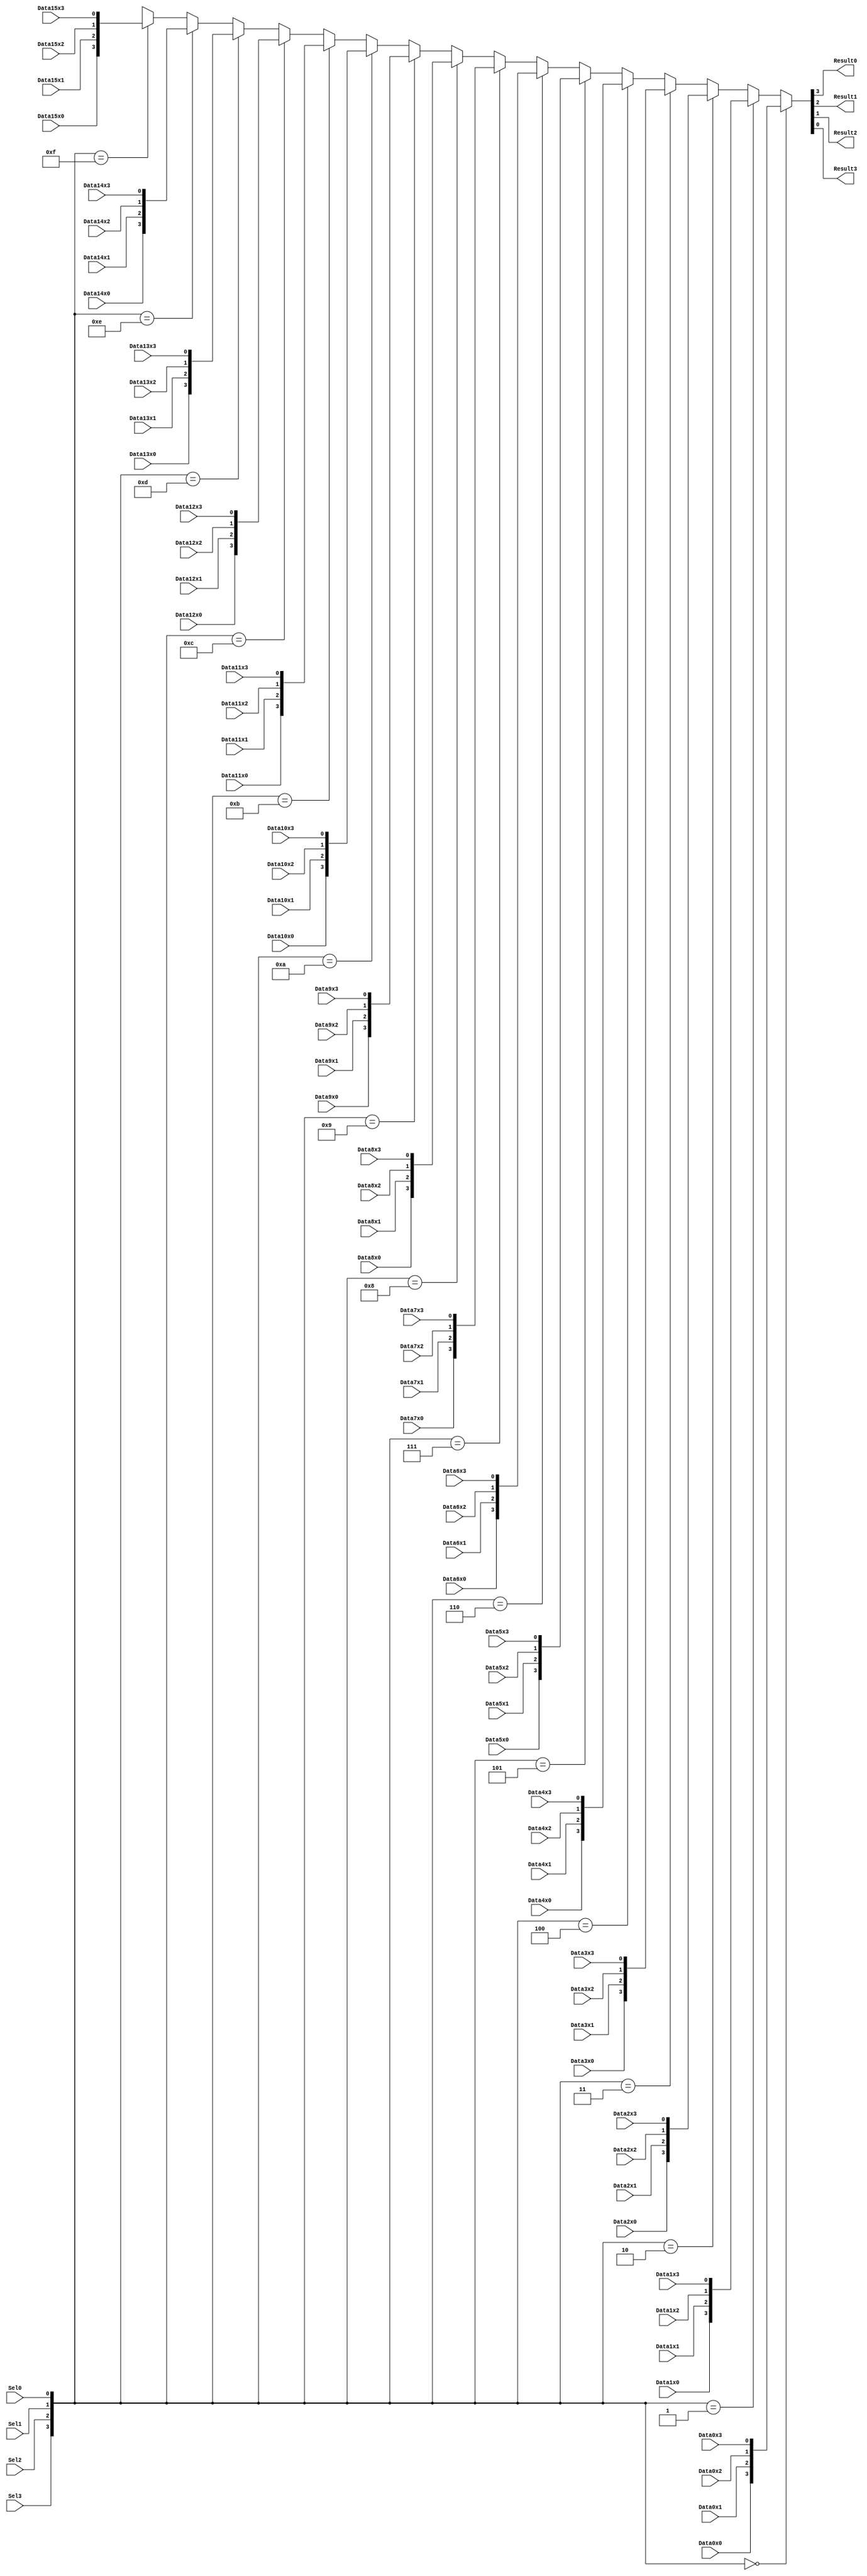
module mux4_4_16(
	Sel0, Sel1, Sel2, Sel3,
	Result0, Result1, Result2, Result3,
	Data0x0, Data0x1, Data0x2, Data0x3,
	Data1x0, Data1x1, Data1x2, Data1x3,
	Data2x0, Data2x1, Data2x2, Data2x3,
	Data3x0, Data3x1, Data3x2, Data3x3,
	Data4x0, Data4x1, Data4x2, Data4x3,
	Data5x0, Data5x1, Data5x2, Data5x3,
	Data6x0, Data6x1, Data6x2, Data6x3,
	Data7x0, Data7x1, Data7x2, Data7x3,
	Data8x0, Data8x1, Data8x2, Data8x3,
	Data9x0, Data9x1, Data9x2, Data9x3,
	Data10x0, Data10x1, Data10x2, Data10x3,
	Data11x0, Data11x1, Data11x2, Data11x3,
	Data12x0, Data12x1, Data12x2, Data12x3,
	Data13x0, Data13x1, Data13x2, Data13x3,
	Data14x0, Data14x1, Data14x2, Data14x3,
	Data15x0, Data15x1, Data15x2, Data15x3
);
input Sel0, Sel1, Sel2, Sel3;
output Result0, Result1, Result2, Result3;
input Data0x0, Data0x1, Data0x2, Data0x3;
input Data1x0, Data1x1, Data1x2, Data1x3;
input Data2x0, Data2x1, Data2x2, Data2x3;
input Data3x0, Data3x1, Data3x2, Data3x3;
input Data4x0, Data4x1, Data4x2, Data4x3;
input Data5x0, Data5x1, Data5x2, Data5x3;
input Data6x0, Data6x1, Data6x2, Data6x3;
input Data7x0, Data7x1, Data7x2, Data7x3;
input Data8x0, Data8x1, Data8x2, Data8x3;
input Data9x0, Data9x1, Data9x2, Data9x3;
input Data10x0, Data10x1, Data10x2, Data10x3;
input Data11x0, Data11x1, Data11x2, Data11x3;
input Data12x0, Data12x1, Data12x2, Data12x3;
input Data13x0, Data13x1, Data13x2, Data13x3;
input Data14x0, Data14x1, Data14x2, Data14x3;
input Data15x0, Data15x1, Data15x2, Data15x3;
assign {Result0, Result1, Result2, Result3} =
	{Sel3, Sel2, Sel1, Sel0} == 0 ? { Data0x0, Data0x1, Data0x2, Data0x3 } :
	{Sel3, Sel2, Sel1, Sel0} == 1 ? { Data1x0, Data1x1, Data1x2, Data1x3 } :
	{Sel3, Sel2, Sel1, Sel0} == 2 ? { Data2x0, Data2x1, Data2x2, Data2x3 } :
	{Sel3, Sel2, Sel1, Sel0} == 3 ? { Data3x0, Data3x1, Data3x2, Data3x3 } :
	{Sel3, Sel2, Sel1, Sel0} == 4 ? { Data4x0, Data4x1, Data4x2, Data4x3 } :
	{Sel3, Sel2, Sel1, Sel0} == 5 ? { Data5x0, Data5x1, Data5x2, Data5x3 } :
	{Sel3, Sel2, Sel1, Sel0} == 6 ? { Data6x0, Data6x1, Data6x2, Data6x3 } :
	{Sel3, Sel2, Sel1, Sel0} == 7 ? { Data7x0, Data7x1, Data7x2, Data7x3 } :
	{Sel3, Sel2, Sel1, Sel0} == 8 ? { Data8x0, Data8x1, Data8x2, Data8x3 } :
	{Sel3, Sel2, Sel1, Sel0} == 9 ? { Data9x0, Data9x1, Data9x2, Data9x3 } :
	{Sel3, Sel2, Sel1, Sel0} == 10 ? { Data10x0, Data10x1, Data10x2, Data10x3 } :
	{Sel3, Sel2, Sel1, Sel0} == 11 ? { Data11x0, Data11x1, Data11x2, Data11x3 } :
	{Sel3, Sel2, Sel1, Sel0} == 12 ? { Data12x0, Data12x1, Data12x2, Data12x3 } :
	{Sel3, Sel2, Sel1, Sel0} == 13 ? { Data13x0, Data13x1, Data13x2, Data13x3 } :
	{Sel3, Sel2, Sel1, Sel0} == 14 ? { Data14x0, Data14x1, Data14x2, Data14x3 } :
	{Sel3, Sel2, Sel1, Sel0} == 15 ? { Data15x0, Data15x1, Data15x2, Data15x3 } : 'bx;
endmodule